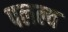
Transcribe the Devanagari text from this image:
पलल्व